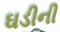
ઘડીની